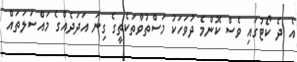
އެ ދެ ކޯޓުގައި ވެސް ކޮންމެ ދުވަހަކު މަސްތުވާތަކެތީގެ ގިނަ އަދަދެއްގެ މައްސަލަތައް